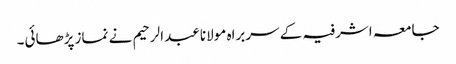
جامعہ اشرفیہ کے سربراہ مولانا عبدالرحیم نے نماز پڑھائی۔